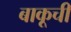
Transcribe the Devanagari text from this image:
बाकूची